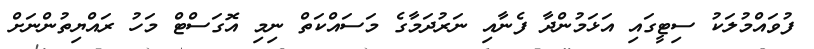
ފުވައްމުލަކު ސިޓީގައި އަޅަމުންދާ ފެނާއި ނަރުދަމާގެ މަސައްކަތް ނިމި އޮގަސްޓް މަހު ރައްޔިތުންނަށް